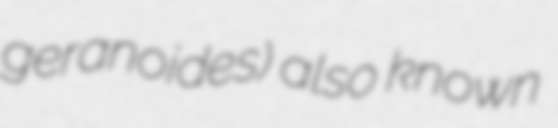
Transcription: geranoides) also known